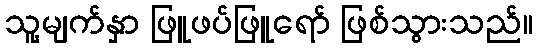
သူ့မျက်နှာ ဖြူဖပ်ဖြူရော် ဖြစ်သွားသည်။